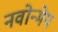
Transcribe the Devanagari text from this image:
नवोन्मेप